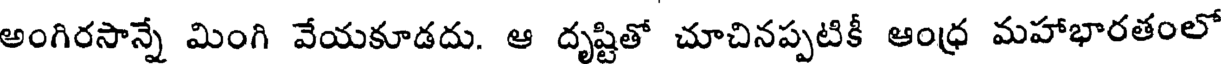
అంగిరసాన్నే మింగి వేయకూడదు. ఆ దృష్టితో చూచినప్పటికీ ఆంధ్ర మహాభారతంలో